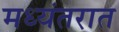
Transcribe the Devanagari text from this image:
मध्यंतरात